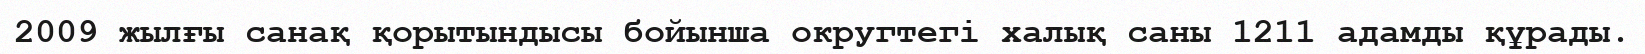
2009 жылғы санақ қорытындысы бойынша округтегі халық саны 1211 адамды құрады.